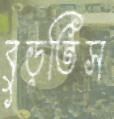
বুড়তিস